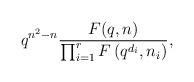
LaTeX: \begin{align*}q^{n^2-n}\frac{F(q,n)}{\prod_{i=1}^{r}F\left(q^{d_i},n_i\right)},\end{align*}